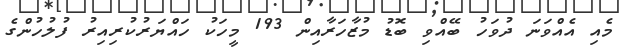
މެއި އެއްވަނަ ދުވަހު ބޭއްވި ބޮޑު މުޒާހަރާއިން 193 މީހަކު ހައްޔަރުކުރިއިރު ފުލުހުންގެ